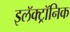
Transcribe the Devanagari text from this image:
इलॅक्ट्रॉनिक